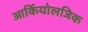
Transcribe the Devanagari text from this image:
आर्कियोलजिक